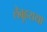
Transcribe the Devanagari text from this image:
लेबुहराया